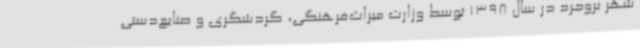
شهر بروجرد در سال 1398 توسط وزارت میراث‌فرهنگی، گردشگری و صنایع‌دستی